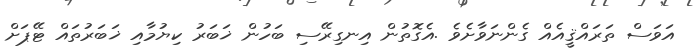
އަވަސް ތަރައްޤީއެއް ގެންނަވާށެވެ .އެގޮތުން އިނގިރޭސި ބަހުން ޚަބަރު ކިޔުމާއި ޚަބަރުތައް ޓޭޕަށް